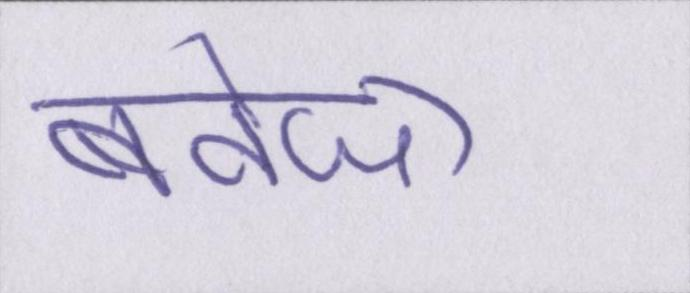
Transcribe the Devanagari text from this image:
बवेजा